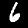
Digit: 6